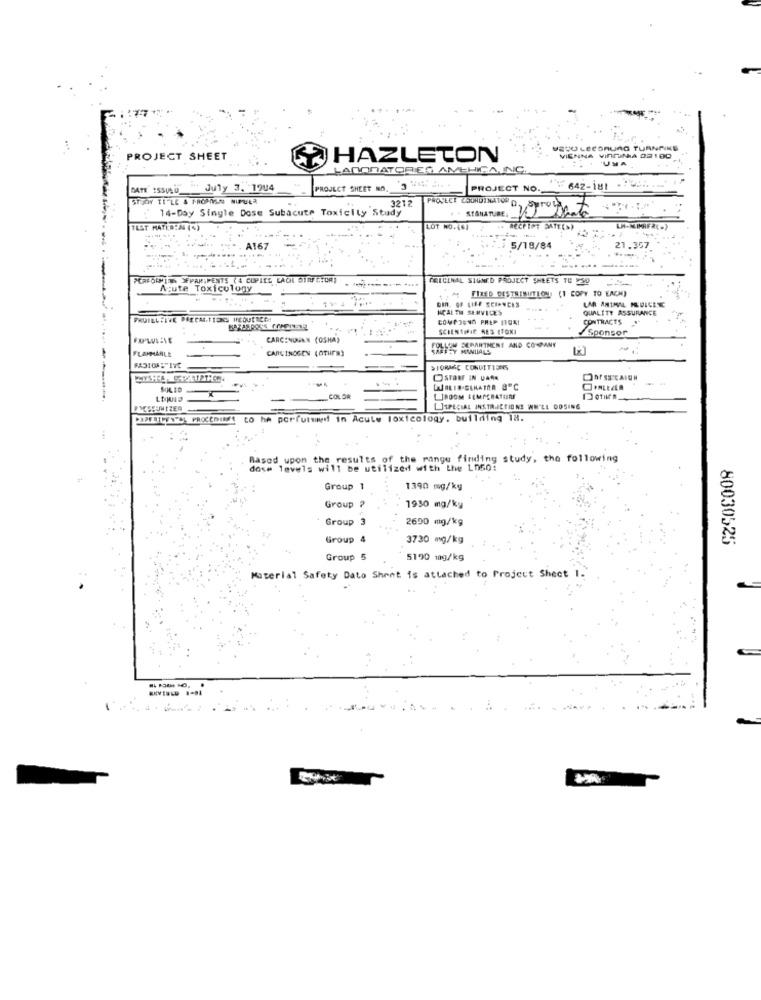
MESU LECORURG TURNPIKE
PROJECT SHEET
HAZLETON
VIENNA VIRGINIA 02100
UMA
LABORATORIES AMCHICA, INC.
DATE ISSULU_" July 3, 1904
PROJECT SHEET NO. 3
PROJECT NO.
642-181
Stor TI"LE & FROMISN NIPULR
3212
14-Day Single Dose Subacute Toxicity Study
PROJECT COORDINATOR D, sprog
STANATURE.
TEST MATKA:AN (%)
LOT NO. (6)
.. RECPIPT GATE(S)
LA-KIMRFR(.)
A167
5/18/84
21.357
PERFORMING SFPAR;PENTS (4 COPIES LAON STRUCTUR)
CELCINAL SIGNED PROJECT SHEETS TO 550
Acute Toxicology
FIXED CESTRIMUTION (1 COPY TO EACH)
DIR. OF LIFE SCIENCES
HEALTH SERVICES
QUALITY ASSURANCE
FRUILLFIVE PARCARTEONS INQUERÇİ!
CONTRACTS
SCIENTIFIC RES LTONI
Sponsor
CARCENUGAN (OSHA)
FLAMMARLE
CARCINOGEN (OTHER)
SERARTMENT AND COMPANY
STORAGE CONDITIONS
-
OSTON IN PARK
DASSCAICH
SOLID
LISPECIAL INSTRUCTIONS WWW'LL DOSING
POTHIPENAL PROCEDIAMO LO he porfutwwwd in Acute Toxicology. building 18.
Based upon the results of the range finding study, the following
dose levels will be utilized with the Ln50:
Group 1
1390 mg/kg
Group
1950 mg/ky
Group 3
2600 mg/kg
Group 4
3730 mg/kg
80030525
Group 5
5190 mg/kg
Material Safety Data Sheet is attached to Project Sheet